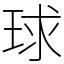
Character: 球